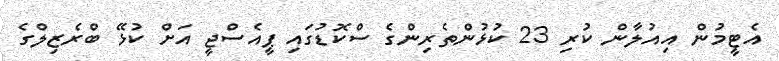
އެޓީމުން އިއުލާން ކުރި 23 ކުޅުންތެރިންގެ ސްކޮޑުގައި ޕީއެސްޖީ އަށް ކުޅޭ ބްރެޒިލްގެ